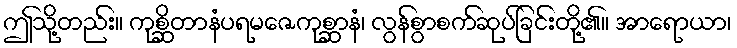
ဤသို့တည်း။ ကုစ္ဆိတာနံပရမဇေကုစ္ဆာနံ၊ လွန်စွာစက်ဆုပ်ခြင်းတို့၏။ အာရောယာ၊